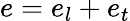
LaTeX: e=e_{l}+e_{t}